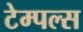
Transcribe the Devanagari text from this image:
टेम्पल्स